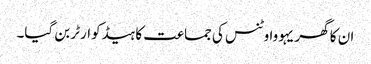
ان کا گھر یہووا وٹنس کی جماعت کا ہیڈکوارٹر بن گیا۔